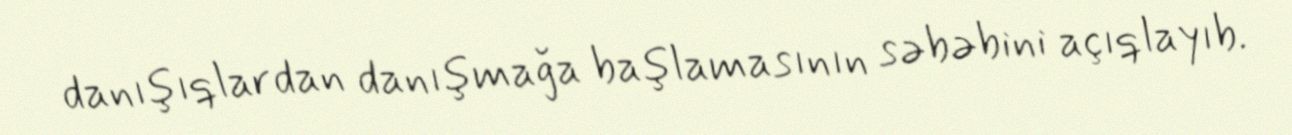
danışıqlardan danışmağa başlamasının səbəbini açıqlayıb.